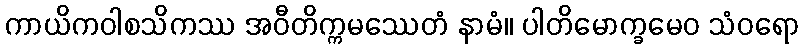
ကာယိကဝါစသိကဿ အဝီတိက္ကမဿေတံ နာမံ။ ပါတိမောက္ခမေဝ သံဝရော